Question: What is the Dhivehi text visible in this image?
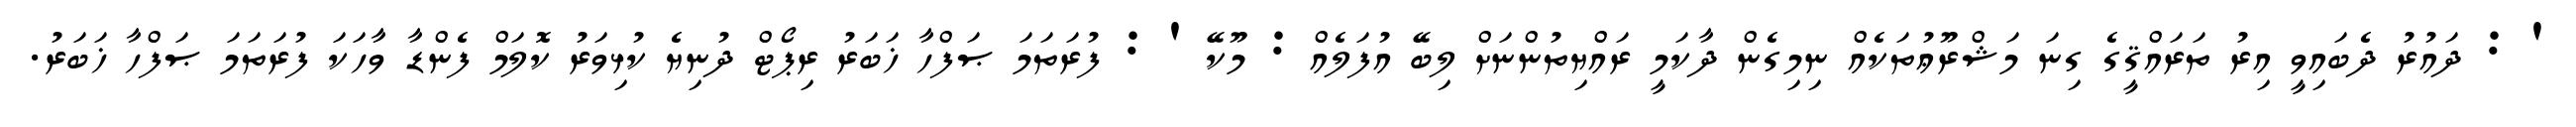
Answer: ' : ދައުރު ދެބައިވީ އިރު ތަރައްޤީގެ ގިނަ މަޝްރޫޢުތަކެއް ނިމިގެން ދާކަމީ ރައްޔިތުންނަށް ލިބޭ އުފަލެއް : މޫކޭ ' : ފުރަތަމަ ޞަފްހާ ޚަބަރު ރިޕޯޓް ދުނިޔެ ކުޅިވަރު ކޮލަމް ފެންޑާ ވާހަކަ ފުރަތަމަ ޞަފްހާ ޚަބަރު.